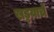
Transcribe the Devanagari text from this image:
खड्डय़ाचे